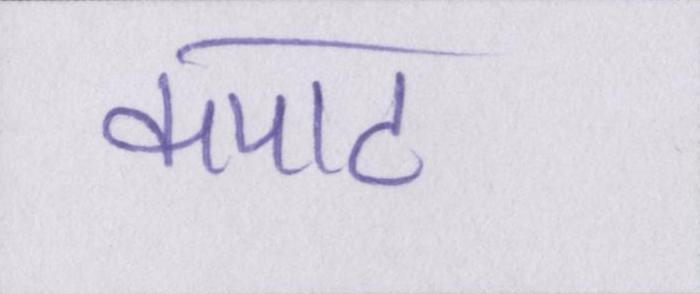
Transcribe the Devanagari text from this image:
कपाट